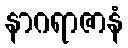
နာဂရာဇာနံ